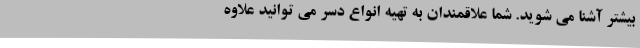
بیشتر آشنا می شوید. شما علاقمندان به تهیه انواع دسر می توانید علاوه